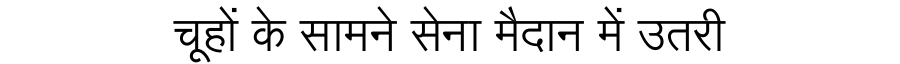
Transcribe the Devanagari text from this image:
चूहों के सामने सेना मैदान में उतरी